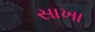
સાખા